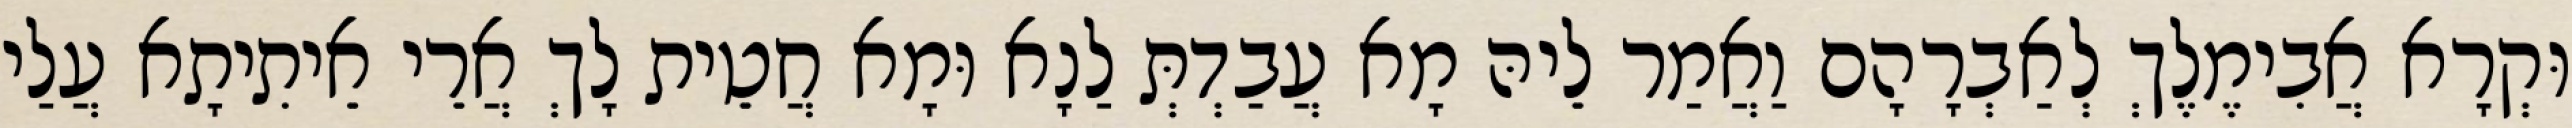
וּקְרָא אֲבִימֶלֶךְ לְאַבְרָהָם וַאֲמַר לֵיהּ מָא עֲבַדְתְּ לַנָא וּמָא חֲטֵית לָךְ אֲרֵי אֵיתִיתָא עֲלַי